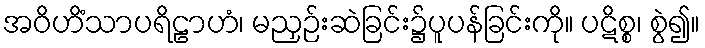
အဝိဟိံသာပရိဠာဟံ၊ မညှဉ်းဆဲခြင်း၌ပူပန်ခြင်းကို။ ပဋိစ္စ၊ စွဲ၍။